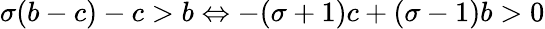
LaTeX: \sigma(b-c)-c>b\Leftrightarrow-(\sigma+1)c+(\sigma-1)b>0